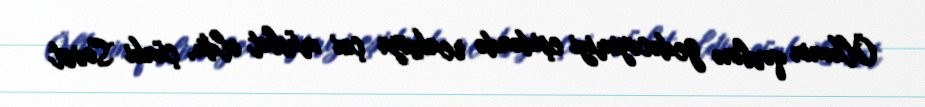
Ölkənin qərbinə gedəcəyimizi eşidəndə reaksiya çox müsbət oldu, çünki Sovet